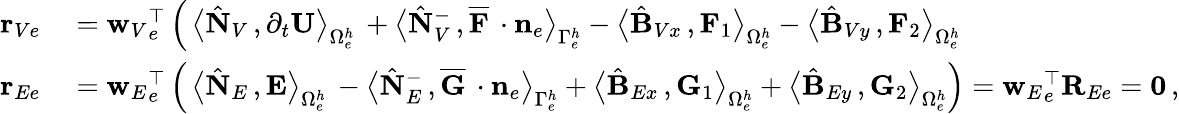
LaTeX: \begin{array}{rl}{{\mathbf r}_{Ve}}&{{}={{\mathbf w}_{V}}_{e}^{\top}\left(\, \big\langle\hat{\mathbf N}_{V}\, ,\partial_{{t}}{\mathbf U}\big\rangle_{\Omega_{e}^{h}}\, +\big\langle\hat{\mathbf N}_{V}^{-}\, ,\overline{{{\mathbf F}}}\, \cdot{{\mathbf n}}_{e}\big\rangle_{\Gamma_{e}^{h}}-\big\langle\hat{\mathbf B}_{Vx}\, ,{\mathbf F}_{1}\big\rangle_{\Omega_{e}^{h}}-\big\langle\hat{\mathbf B}_{Vy}\, ,{\mathbf F}_{2}\big\rangle_{\Omega_{e}^{h}}\right.}\\ {{\mathbf r}_{Ee}}&{{}={{\mathbf w}_{E}}_{e}^{\top}\left(\, \big\langle\hat{\mathbf N}_{E}\, ,{\mathbf E}\big\rangle_{\Omega_{e}^{h}}\, -\big\langle\hat{\mathbf N}_{E}^{-}\, ,\overline{{{\mathbf G}}}\, \cdot{{\mathbf n}}_{e}\big\rangle_{\Gamma_{e}^{h}}+\big\langle\hat{\mathbf B}_{Ex}\, ,{\mathbf G}_{1}\big\rangle_{\Omega_{e}^{h}}+\big\langle\hat{\mathbf B}_{Ey}\, ,{\mathbf G}_{2}\big\rangle_{\Omega_{e}^{h}}\right)={{\mathbf w}_{E}}_{e}^{\top}{\mathbf R}_{Ee}={\mathbf 0}\, ,}\end{array}